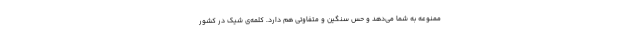
ممنوعه به شما می‌دهد و حس سنگین و متفاوتی هم دارد. کلمه‌ی شیک در کشور